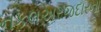
નકલઅરજદારના